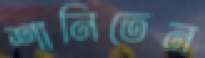
শানিতেন